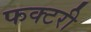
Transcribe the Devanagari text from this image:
फक्टरी